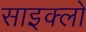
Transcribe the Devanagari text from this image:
साइक्लो